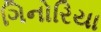
ગિનોરિયા